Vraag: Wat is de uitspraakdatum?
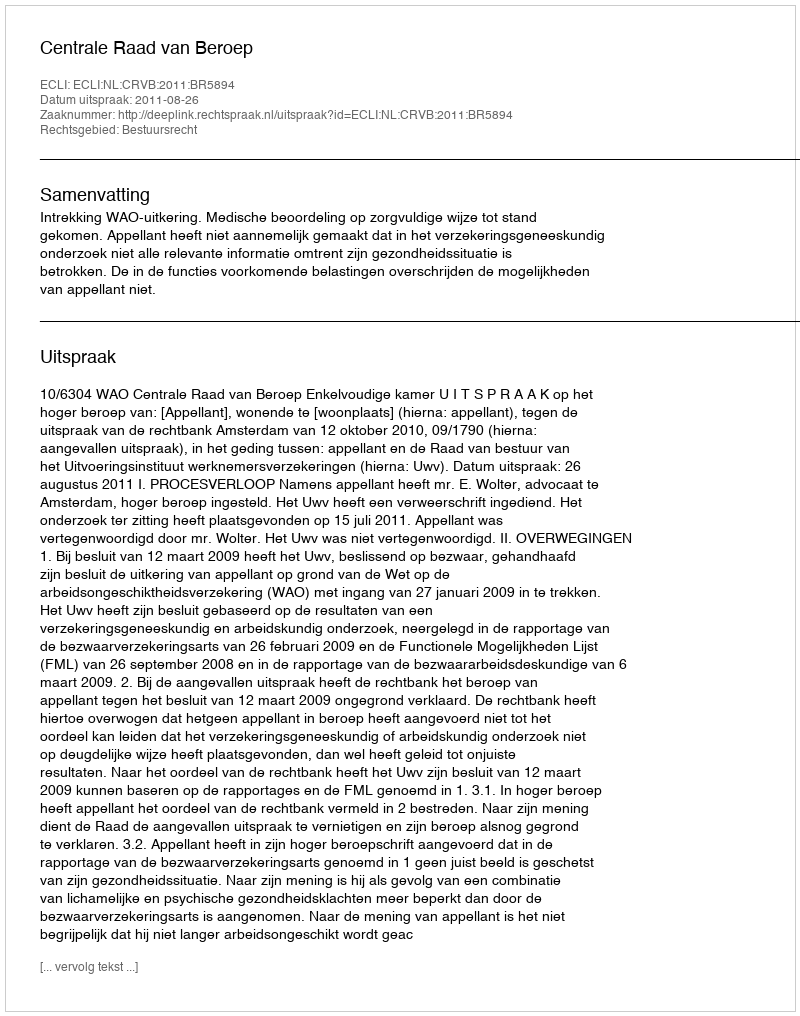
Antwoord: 2011-08-26